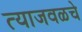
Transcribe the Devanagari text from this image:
त्याजवळचे